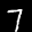
Label: 7